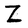
Character: Z